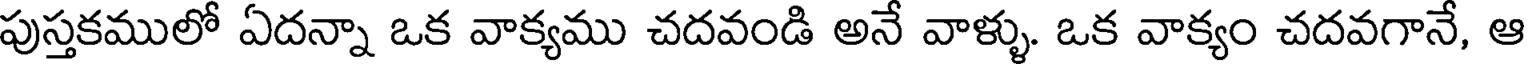
పుస్తకములో ఏదన్నా ఒక వాక్యము చదవండి అనే వాళ్ళు. ఒక వాక్యం చదవగానే, ఆ